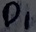
Text: D1